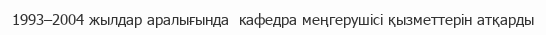
1993–2004 жылдар аралығында  кафедра меңгерушісі қызметтерін атқарды